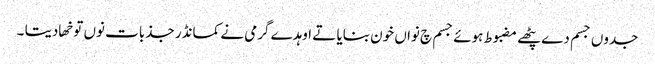
جدوں جسم دے پٹھے مضبوط ہوئے جسم چ نواں خون بنایا تے اوہدے گرمی نے کمانڈر جذبات نوں توخھا دیتا ۔